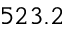
5 2 3 . 2